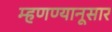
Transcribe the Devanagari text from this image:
म्हणण्यानूसार